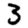
Digit: 3